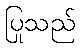
ပြုသည်